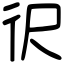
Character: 鿈